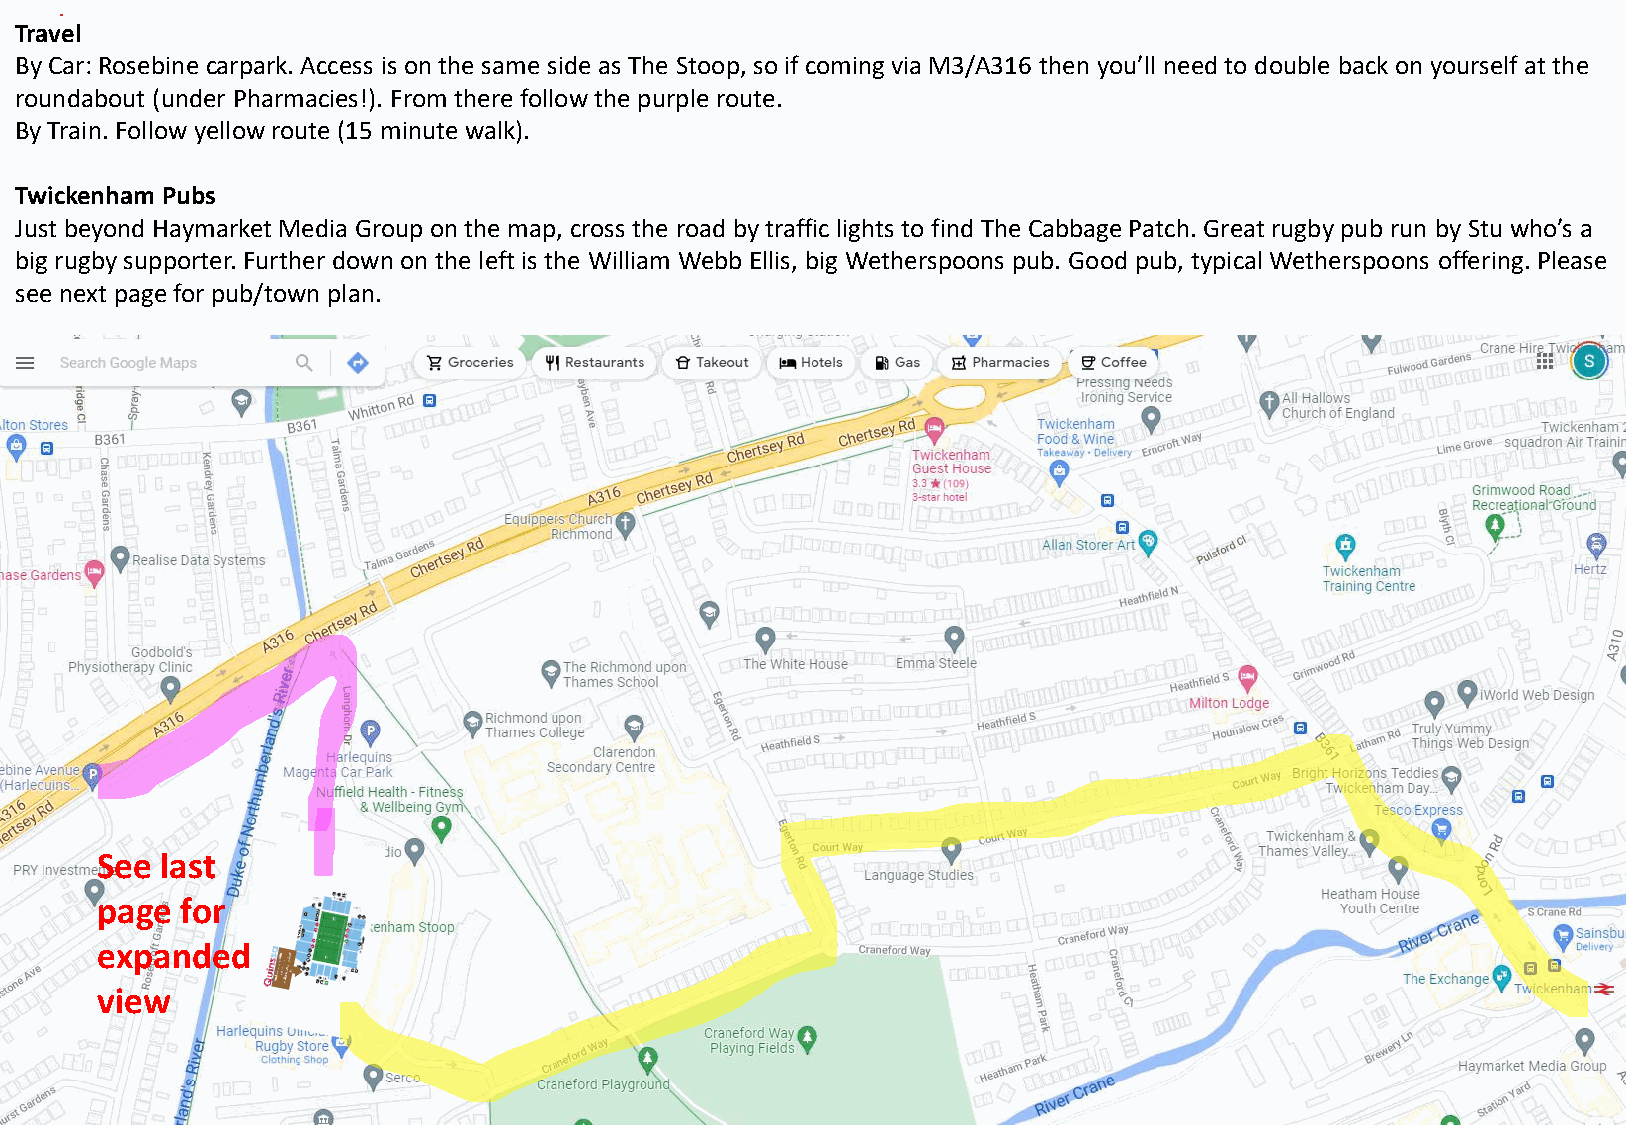
Travel
 By Car: Rosebine carpark. Access is on the same side as The Stoop, so if coming via M3/A316 then you’ll need to double back on yourself at the
 roundabout (under Pharmacies!). From there follow the purple route.
 By Train. Follow yellow route (15 minute walk).
 Twickenham Pubs
 Just beyond Haymarket Media Group on the map, cross the road by traffic lights to find The Cabbage Patch. Great rugby pub run by Stu who’s a
 big rugby supporter. Further down on the left is the William Webb Ellis, big Wetherspoons pub. Good pub, typical Wetherspoons offering. Please
 see next page for pub/town plan.
 See  last
 page  for
 expanded
 view